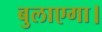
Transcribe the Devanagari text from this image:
बुलाएगा।